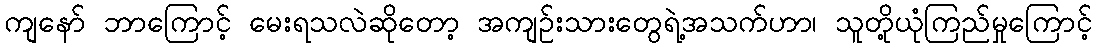
ကျနော် ဘာကြောင့် မေးရသလဲဆိုတော့ အကျဉ်းသားတွေရဲ့အသက်ဟာ၊ သူတို့ယုံကြည်မှုကြောင့်